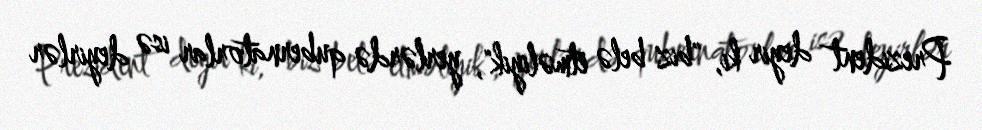
Prezident deyir ki, "biz belə etməliyik", yerlərdə qubernatorlar isə deyirlər